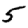
Digit: 5